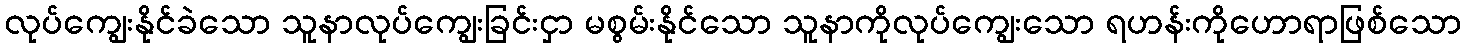
လုပ်ကျွေးနိုင်ခဲသော သူနာလုပ်ကျွေးခြင်းငှာ မစွမ်းနိုင်သော သူနာကိုလုပ်ကျွေးသော ရဟန်းကိုဟောရာဖြစ်သော